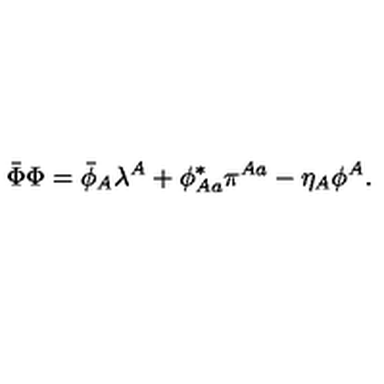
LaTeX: \bar { \Phi } \Phi = \bar { \phi } _ { A } \lambda ^ { A } + \phi _ { A a } ^ { * } \pi ^ { A a } - \eta _ { A } \phi ^ { A } .